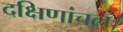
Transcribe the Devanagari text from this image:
दक्षिणांचल।